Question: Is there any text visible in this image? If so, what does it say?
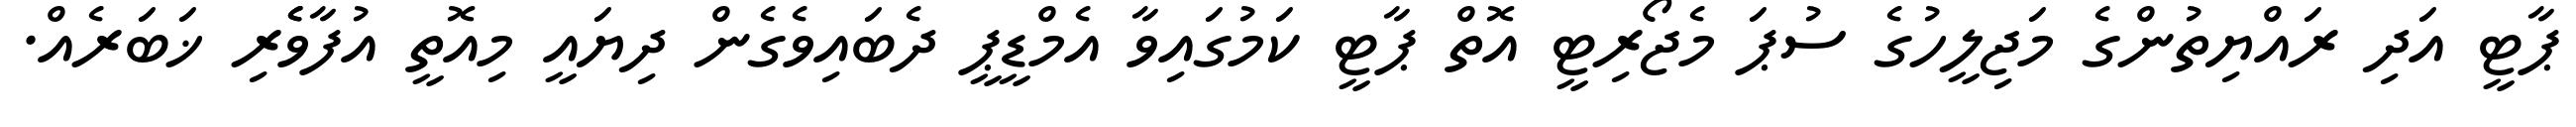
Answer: ޕާޓީ އަދި ރައްޔިތުންގެ މަޖިލީހުގެ ސުޕަ މެޖޯރިޓީ އޮތް ޕާޓީ ކަމުގައިވާ އެމްޑީޕީ ދެބައިވެގެން ދިޔައީ މިއޮތީ އުފާވެެރި ޚަބަރެއް.